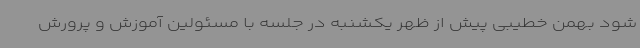
شود بهمن خطیبی پیش از ظهر یکشنبه در جلسه با مسئولین آموزش و پرورش